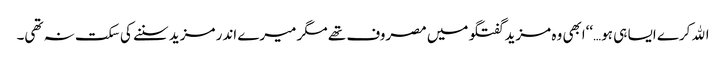
اﷲ کرے ایسا ہی ہو…‘‘ابھی وہ مزید گفتگو میں مصروف تھے مگر میرے اندر مزید سننے کی سکت نہ تھی۔